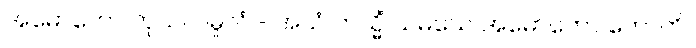
အမောဟော ကုသလမူလံ - အယံ တသ္မိံ သမယေ အမောဟော ဟောတိ။